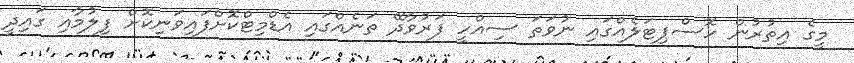
މީގެ އިތުރުން ހޮސްޕިޓަލެއްގައި ނުވަތަ ސިއްހީ ފަރުވާދޭ ތަނެއްގައި އެޑްމިޓްކޮށްފައިވަނިކޮށް ފިލުމާއި ގައިދީ